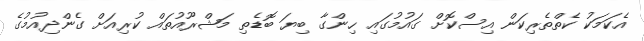
އެކަމަކު ކެތްތެރިކަން އިސްކޮށް ގައުމުގައި ހިންގާ ބިޔަ ބޮޑެތި މަޝްރޫއުތައް ކުރިއަށް ގެންދިއުމުގެ